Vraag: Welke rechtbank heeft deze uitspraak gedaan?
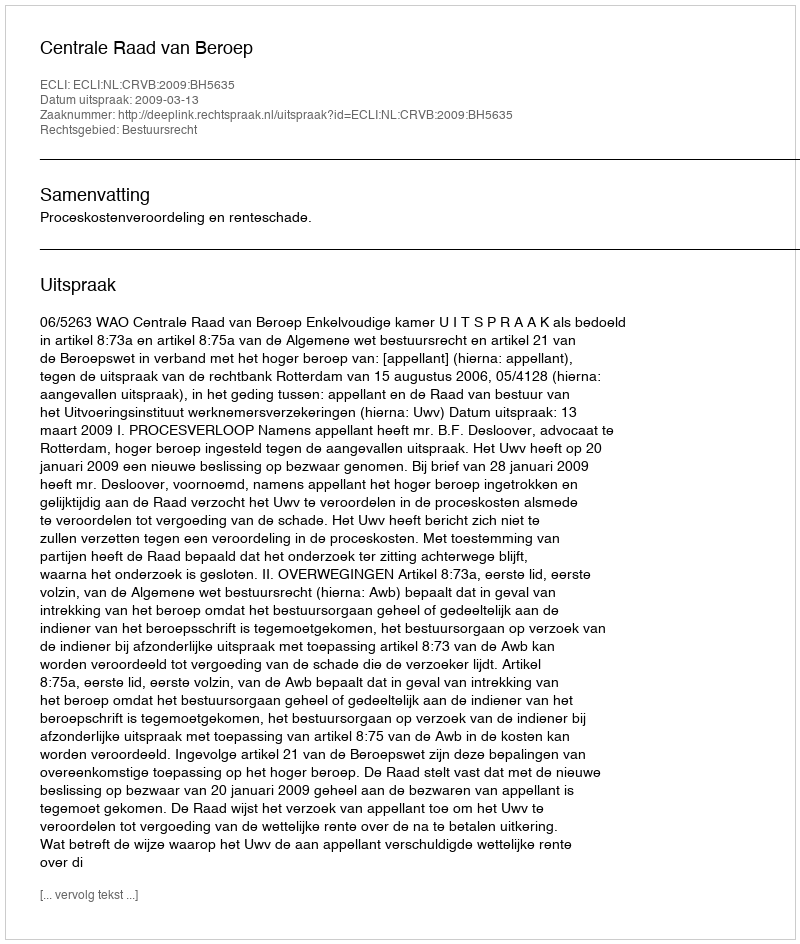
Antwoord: Centrale Raad van Beroep